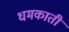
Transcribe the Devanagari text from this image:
धमकाती